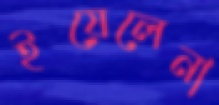
ইয়েলেনা